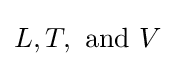
L,T,{\text{ and }}V